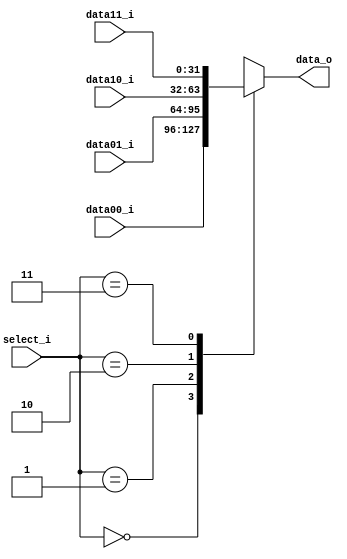
module MUX32_2(
    data00_i,
    data01_i,
    data10_i,
    data11_i,
    select_i,
    data_o
);
input [31:0] data00_i;
input [31:0] data01_i;
input [31:0] data10_i;
input [31:0] data11_i;
input [1:0] select_i;
output [31:0] data_o;

reg [31:0] data;
assign data_o = data;

always @(*) begin 
    case(select_i)
        2'd0: data = data00_i;
        2'd1: data = data01_i;
        2'd2: data = data10_i;
        2'd3: data = data11_i;
    endcase
end

endmodule